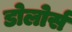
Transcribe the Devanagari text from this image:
डोलोर्स